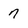
Character: 7